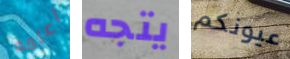
اعلمه يتجه عيونكم